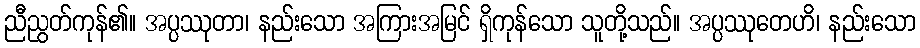
ညီညွတ်ကုန်၏။ အပ္ပဿုတာ၊ နည်းသော အကြားအမြင် ရှိကုန်သော သူတို့သည်။ အပ္ပဿုတေဟိ၊ နည်းသော